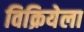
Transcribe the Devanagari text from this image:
विक्रियेला